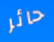
حائر